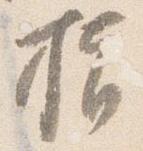
指